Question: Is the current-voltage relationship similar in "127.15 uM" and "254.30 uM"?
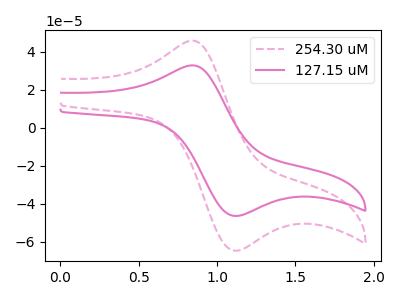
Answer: <think>The pink dashed curve "254.30 uM" has an anodic peak at (0.85V, 45.90uA) and a cathodic peak at (1.15V, -64.55uA). The pink curve "127.15 uM" has an anodic peak at (0.85V, 32.90uA) and a cathodic peak at (1.15V, -46.30uA).
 All the peaks in "127.15 uM" have a peak in "254.30 uM" at the same potential. Every peak in "127.15 uM" is lower than every peak in "254.30 uM".</think>
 <answer>"127.15 uM" and "254.30 uM" are similar in shape.</answer>
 <eval>same_shape</eval>